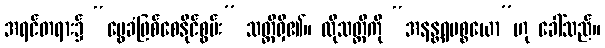
အရင်တရား၌ “မွေခံဖြစ်စေနိုင်စွမ်း” သတ္တိရှိ၏။ ထိုသတ္တိကို “အနန္တရပစ္စယော”ဟု ခေါ်သည်။